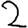
Digit: 2